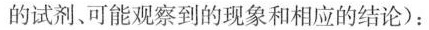
的试剂、可能观察到的现象和相应的结论)：